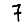
Digit: 7